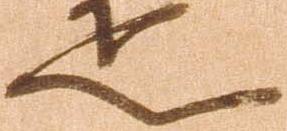
疋